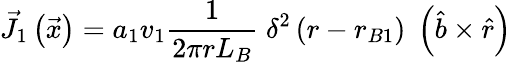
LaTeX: {\vec{J}}_{1}\left({\vec{x}}\right)=a_{1}v_{1}{\frac{1}{2\pi rL_{B}}}\; \delta^{2}\left(r-r_{B1}\right)\; \left({{\hat{b}}\times{\hat{r}}}\right)